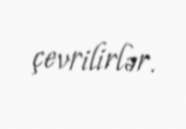
çevrilirlər.